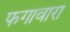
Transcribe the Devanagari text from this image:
फगावारा